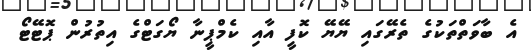
އެ ބާވަތްތަކުގެ ތެރޭގައި ޔޭޔޭ ކޮފީ އާއި ކެމްޕީނާ ޔޯގަޓްގެ އިތުރުން ޕޮޓޭޓޯ